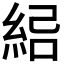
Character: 𰫣